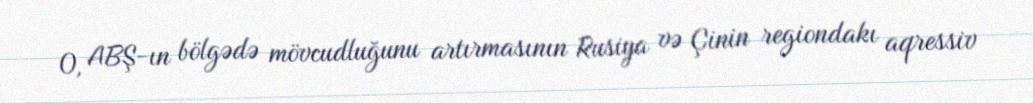
O, ABŞ-ın bölgədə mövcudluğunu artırmasının Rusiya və Çinin regiondakı aqressiv